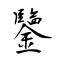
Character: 鑒